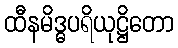
ထီနမိဒ္ဓပရိယုဋ္ဌိတော